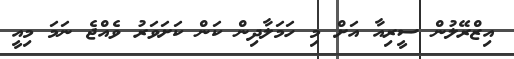
އިޒްރޭލުން ސީރިއާ އަށް މި ހަމަލާދިން ކަން ކަށަވަރު ވެއްޖެ ނަމަ މިއީ